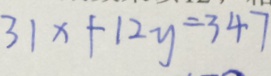
3 1 x + 1 2 y = 3 4 7